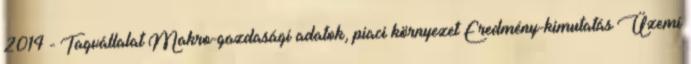
2014 - Tagvállalat Makro-gazdasági adatok, piaci környezet Eredmény-kimutatás Üzemi